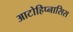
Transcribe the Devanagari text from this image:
आटोहिप्नासिस